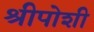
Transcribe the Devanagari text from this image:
श्रीपोशी